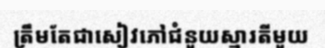
ត្រឹមតែជាសៀវភៅជំនួយស្មារតីមួយ